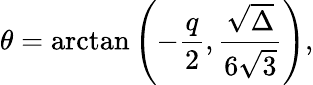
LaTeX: \theta=\arctan{\left(-\frac{q}{2},\frac{\sqrt{\Delta}}{6\sqrt{3}}\right)},